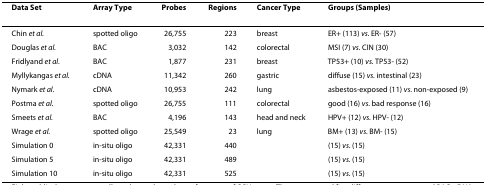
| Data Set | Array Type | Probes | Regions | Cancer Type | Groups (Samples) |
 | --- | --- | --- | --- | --- | --- |
 | Chin et al. | spotted oligo | 26,755 | 223 | breast | ER+ (113) vs. ER- (57) |
 | Douglas et al. | BAC | 3,032 | 142 | colorectal | MSI (7) vs. CIN (30) |
 | Fridlyand et al. | BAC | 1,877 | 231 | breast | TP53+ (10) vs. TP53- (52) |
 | Myllykangas et al. | cDNA | 11,342 | 260 | gastric | diffuse (15) vs. intestinal (23) |
 | Nymark et al. | cDNA | 10,953 | 242 | lung | asbestos-exposed (11) vs. non-exposed (9) |
 | Postma et al. | spotted oligo | 26,755 | 111 | colorectal | good (16) vs. bad response (16) |
 | Smeets et al. | BAC | 4,196 | 143 | head and neck | HPV+ (12) vs. HPV- (12) |
 | Wrage et al. | spotted oligo | 25,549 | 23 | lung | BM+ (13) vs. BM- (15) |
 | Simulation 0 | in-situ oligo | 42,331 | 440 |  | (15) vs. (15) |
 | Simulation 5 | in-situ oligo | 42,331 | 489 |  | (15) vs. (15) |
 | Simulation 10 | in-situ oligo | 42,331 | 525 |  | (15) vs. (15) |